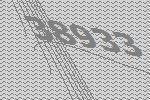
38933